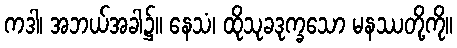
ကဒါ၊ အဘယ်အခါ၌။ နေသံ၊ ထိုသုခဒုက္ခသော မနဿတို့ကို။